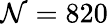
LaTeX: \mathcal{N}=820